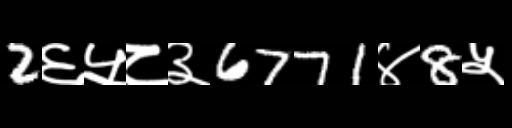
Text: 2६५८३6771४8५